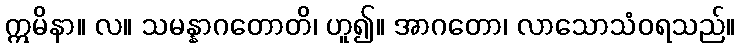
ဣမိနာ။ လ။ သမန္နာဂတောတိ၊ ဟူ၍။ အာဂတော၊ လာသောသံဝရသည်။